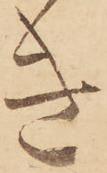
き